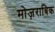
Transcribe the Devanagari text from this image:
मोज़राबिक